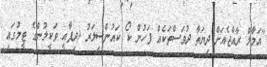
"އަމާލް ރާއްޖެއަށް ދިޔަތާ ދުވަސްތަކެއް ފަހުން ކޯ ކައުންސިލަރު (ދިފާއީ ވަކީލުންގެ ޓީމުގައި